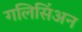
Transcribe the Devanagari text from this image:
गलिसिंअन